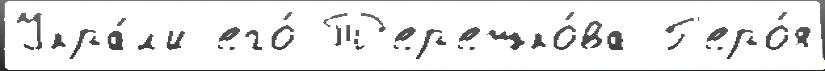
Укра́л'и его́ Т'ер'ешко́ва Г'еро́я